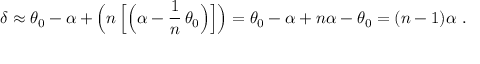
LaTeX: \delta \approx \theta _ { 0 } - \alpha + { \Big ( } n \, { \Big [ } { \Big ( } \alpha - { \frac { 1 } { n } } \, \theta _ { 0 } { \Big ) } { \Big ] } { \Big ) } = \theta _ { 0 } - \alpha + n \alpha - \theta _ { 0 } = ( n - 1 ) \alpha \ .